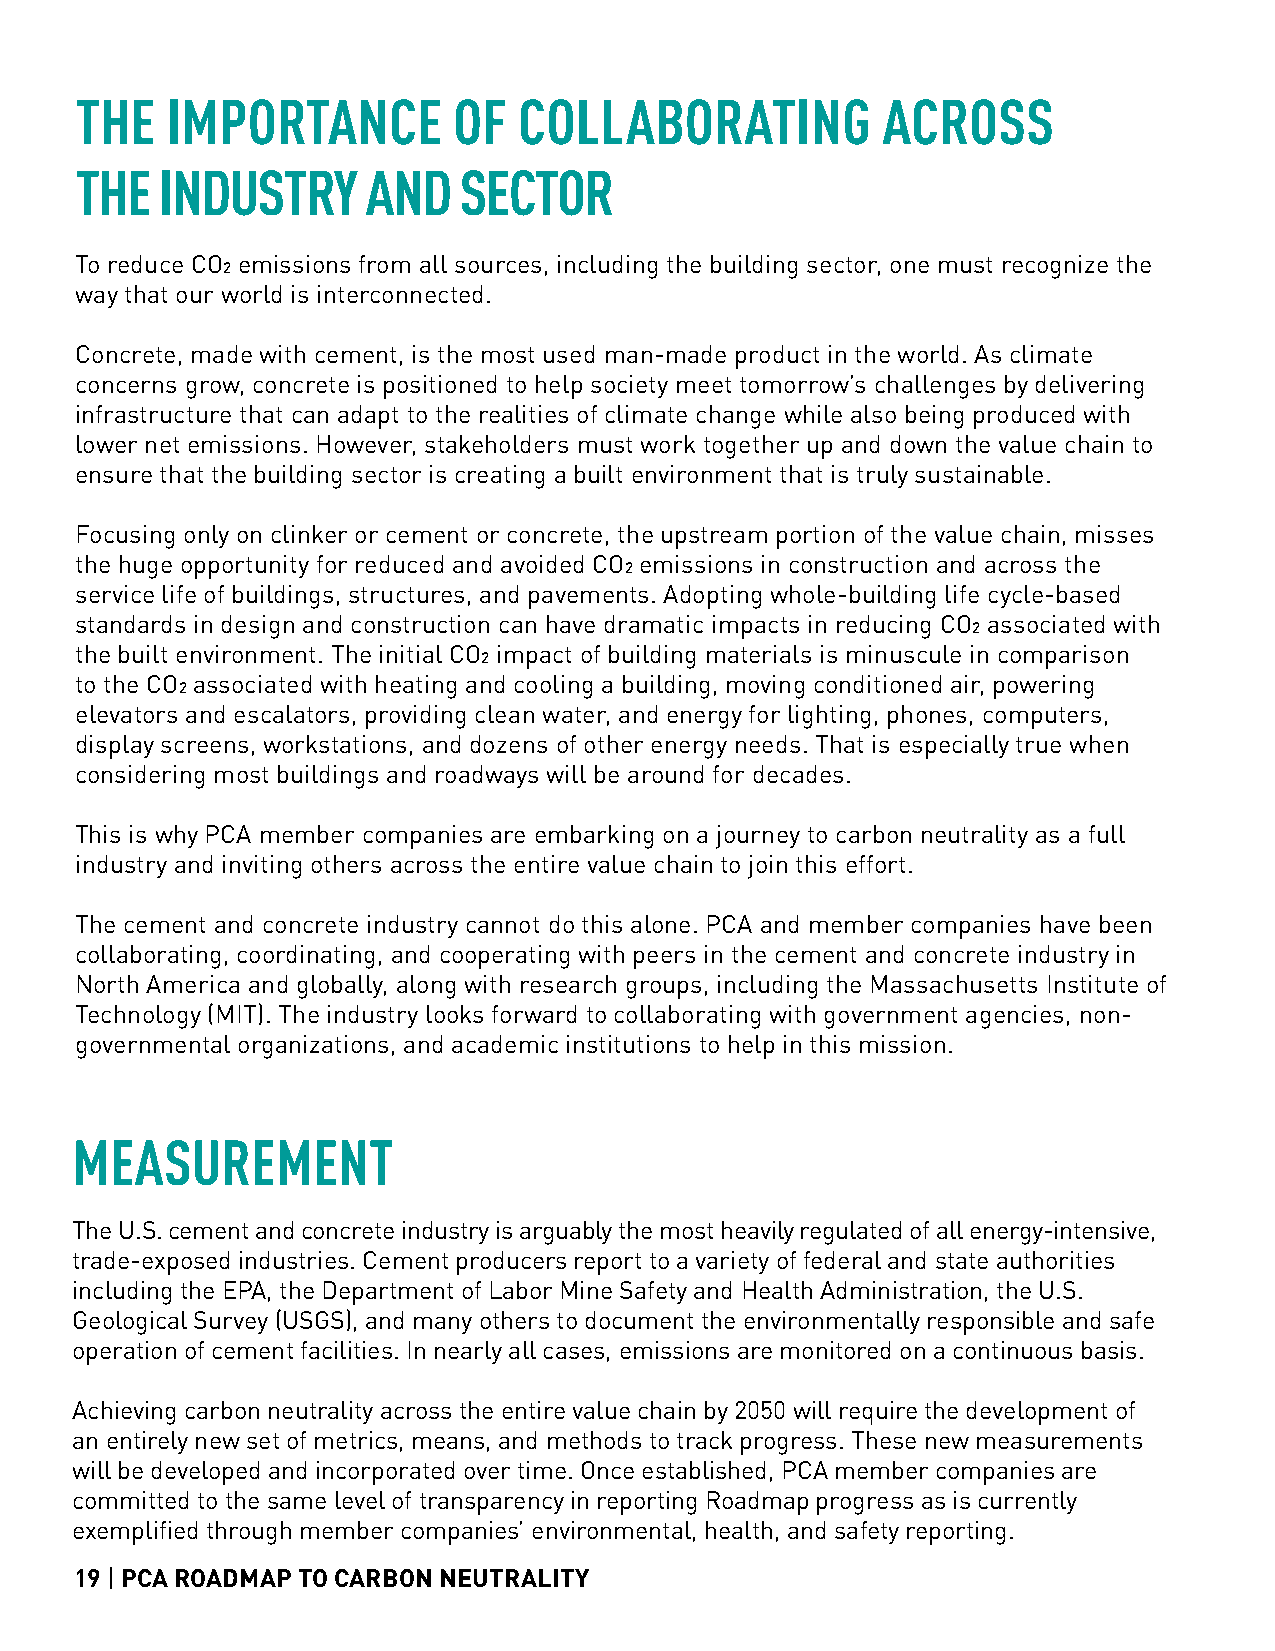
THE   IMPORTANCE         OF  COLLABORATING           ACROSS
 THE   INDUSTRY     AND   SECTOR
 To reduce CO2 emissions from all sources, including the building sector, one must recognize the
 way that our world is interconnected.
 Concrete, made with cement, is the most used man-made product in the world. As climate
 concerns grow, concrete is positioned to help society meet tomorrow’s challenges by delivering
 infrastructure that can adapt to the realities of climate change while also being produced with
 lower net emissions. However, stakeholders must work together up and down the value chain to
 ensure that the building sector is creating a built environment that is truly sustainable.
 Focusing only on clinker or cement or concrete, the upstream portion of the value chain, misses
 the huge opportunity for reduced and avoided CO2 emissions in construction and across the
 service life of buildings, structures, and pavements. Adopting whole-building life cycle-based
 standards in design and construction can have dramatic impacts in reducing CO2 associated with
 the built environment. The initial CO2 impact of building materials is minuscule in comparison
 to the CO2 associated with heating and cooling a building, moving conditioned air, powering
 elevators and escalators, providing clean water, and energy for lighting, phones, computers,
 display screens, workstations, and dozens of other energy needs. That is especially true when
 considering most buildings and roadways will be around for decades.
 This is why PCA member companies are embarking on a journey to carbon neutrality as a full
 industry and inviting others across the entire value chain to join this effort.
 The cement and concrete industry cannot do this alone. PCA and member companies have been
 collaborating, coordinating, and cooperating with peers in the cement and concrete industry in
 North America and globally, along with research groups, including the Massachusetts Institute of
 Technology (MIT). The industry looks forward to collaborating with government agencies, non-
 governmental organizations, and academic institutions to help in this mission.
 MEASUREMENT
 The U.S. cement and concrete industry is arguably the most heavily regulated of all energy-intensive,
 trade-exposed industries. Cement producers report to a variety of federal and state authorities
 including the EPA, the Department of Labor Mine Safety and Health Administration, the U.S.
 Geological Survey (USGS), and many others to document the environmentally responsible and safe
 operation of cement facilities. In nearly all cases, emissions are monitored on a continuous basis.
 Achieving carbon neutrality across the entire value chain by 2050 will require the development of
 an entirely new set of metrics, means, and methods to track progress. These new measurements
 will be developed and incorporated over time. Once established, PCA member companies are
 committed to the same level of transparency in reporting Roadmap progress as is currently
 exemplified through member companies’ environmental, health, and safety reporting.
 19 | PCA ROADMAP TO CARBON NEUTRALITY